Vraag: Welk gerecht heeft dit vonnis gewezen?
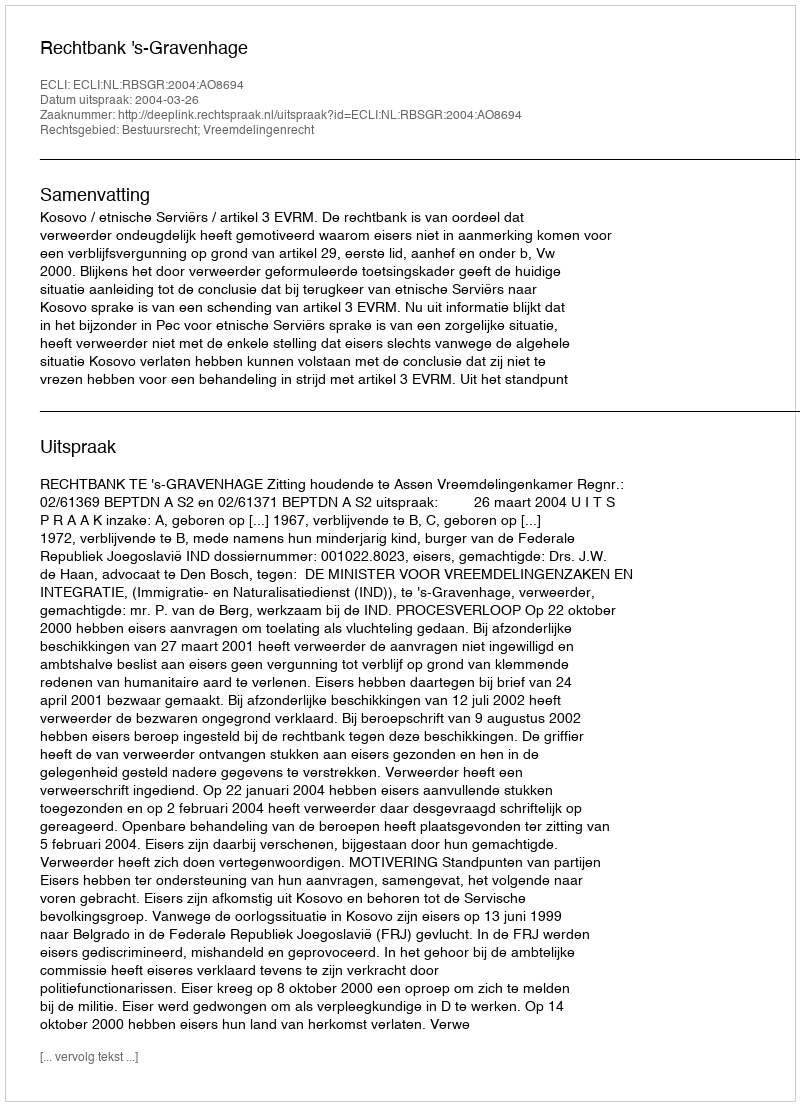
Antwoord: Rechtbank 's-Gravenhage